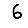
Digit: 6